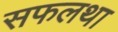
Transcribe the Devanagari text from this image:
सफलथा